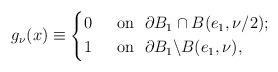
LaTeX: \begin{align*}g_{\nu}(x)\equiv\left\{ \begin{aligned}&0 ~~&&\mbox{on}~~\partial B_1\cap B(e_1,\nu/2);\\&1 ~~&&\mbox{on}~~\partial B_1\backslash B(e_1,\nu),\end{aligned}\right.\end{align*}